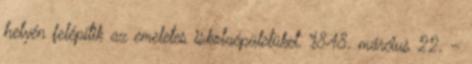
helyén felépítik az emeletes iskolaépületüket. 1848. március 22. –